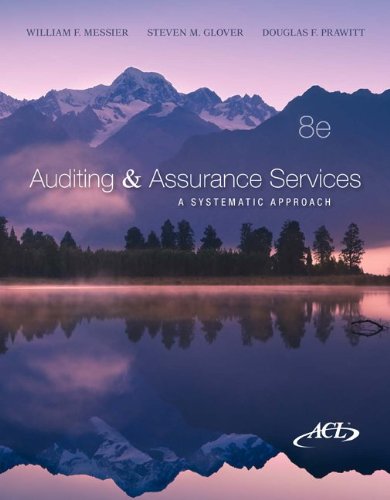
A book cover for Auditing & Assurance Services: A Systematic Approach, 8th; William F. Messier; Business & Money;